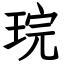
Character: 琓